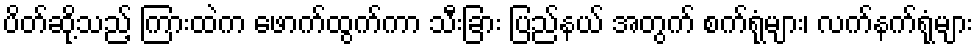
ပိတ်ဆို့သည့် ကြားထဲက ဖောက်ထွက်ကာ သီးခြား ပြည်နယ် အတွက် စက်ရုံများ၊ လက်နက်ရုံများ